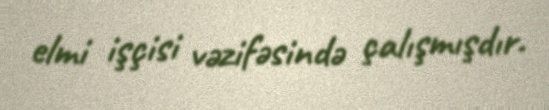
elmi işçisi vəzifəsində çalışmışdır.